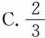
C.\frac{2}{3}